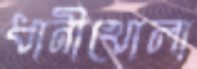
ধানীখোলা